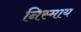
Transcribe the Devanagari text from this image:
निस्माय